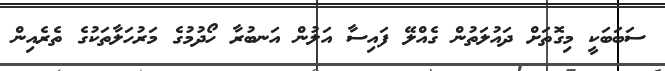
ސަބަބަކީ މިގޮތަށް ދައުލަތުން ގެއްލޭ ފައިސާ އަލުން އަނބުރާ ހޯދުމުގެ މަރުހަލާތަކުގެ ތެރެއިން